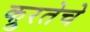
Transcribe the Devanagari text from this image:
क्रुरतेचे